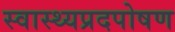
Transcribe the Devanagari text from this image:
स्वास्थ्यप्रदपोषण